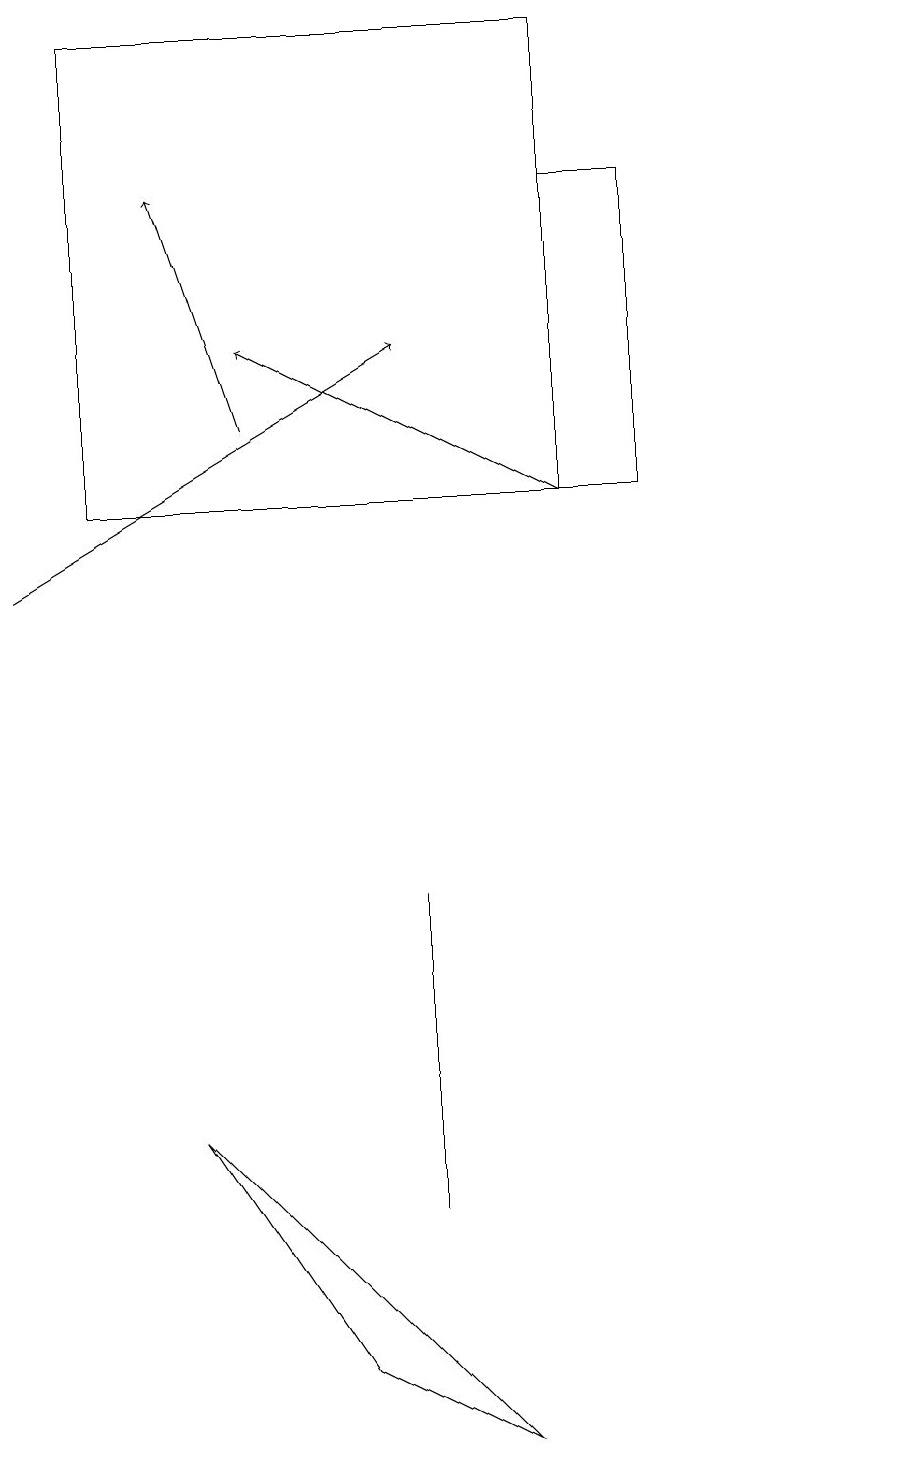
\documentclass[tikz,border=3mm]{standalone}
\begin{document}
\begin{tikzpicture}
\draw (2,5) -- (6,1) -- (4,2) -- cycle;
\draw (5,5) -- (5,4) -- (5,8) -- cycle;
\draw (8,17) rectangle (7,13);
\draw[->] (7,13) -- (3,15);
\draw (1,19) rectangle (7,13);
\draw (11,12) circle (0);
\draw[->] (0,12) -- (5,15);
\draw[->] (3,14) -- (2,17);
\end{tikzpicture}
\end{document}